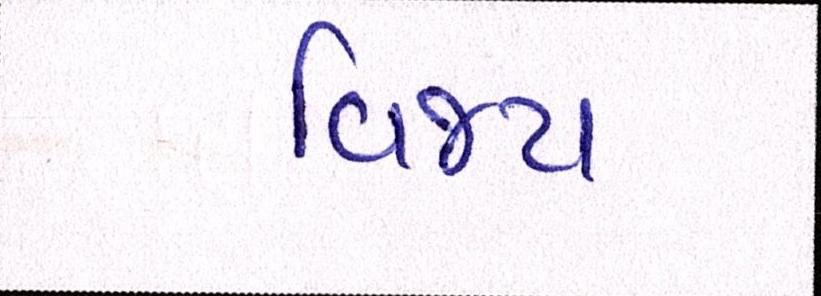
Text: વિજય